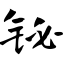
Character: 铋